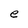
Character: e